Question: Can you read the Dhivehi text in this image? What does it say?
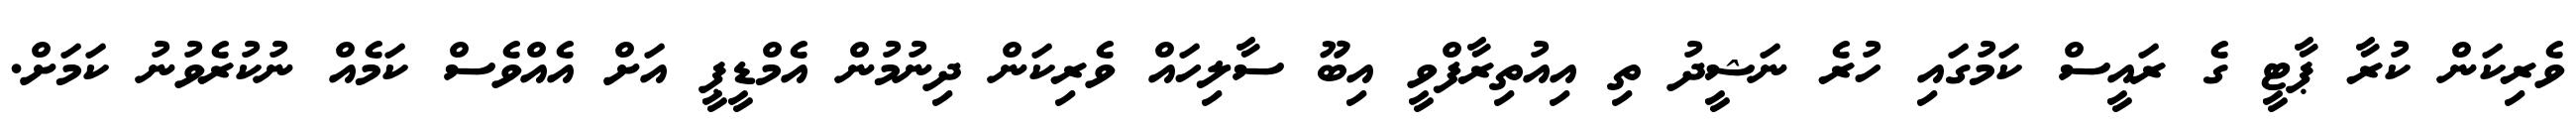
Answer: ވެރިކަން ކުރާ ޕާޓީ ގެ ރައީސް ކަމުގައި ހުރެ ނަޝީދު ތި އިއުތިރާފްވީ އިބޫ ސާލިހައް ވެރިކަން ދިނުމުން އެމްޑީޕީ އަށް އެއްވެސް ކަމެއް ނުކުރެވުނު ކަމަށް.